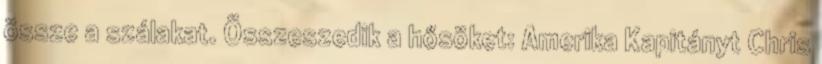
össze a szálakat. Összeszedik a hősöket: Amerika Kapitányt Chris